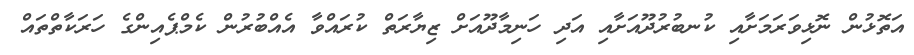
އަތޮޅުން ނޮޅިވަރަމަށާއި ކުނބުރުދޫއަށާއި އަދި ހަނިމާދޫއަށް ޒިޔާރަތް ކުރައްވާ އެއްބުރުން ކެމްޕެއިންގެ ހަރަކާތްތައް